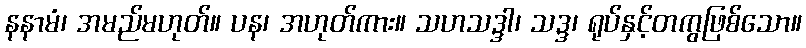
နနာမံ၊ အမည်မဟုတ်။ ပန၊ အဟုတ်ကား။ သဟသဒ္ဒါ၊ သဒ္ဒ၊ ရုပ်နှင့်တကွဖြစ်သော။